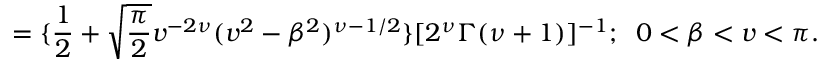
= \{ \frac { 1 } { 2 } + \sqrt { \frac { \pi } { 2 } } v ^ { - 2 \nu } ( v ^ { 2 } - \beta ^ { 2 } ) ^ { \nu - 1 / 2 } \} [ 2 ^ { \nu } \Gamma ( \nu + 1 ) ] ^ { - 1 } ; \; \; 0 < \beta < v < \pi .